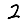
Digit: 2